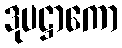
ဒုပဋ္ဌာကော